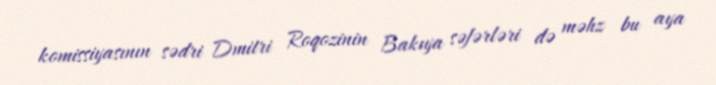
komissiyasının sədri Dmitri Roqozinin Bakıya səfərləri də məhz bu aya